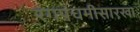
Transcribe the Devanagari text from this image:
रंगपंचमीसारखा